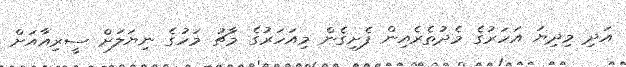
އަދި މިދިޔަ އަހަރުގެ މެދުތެރެއިން ފެށިގެން މިއަހަރުގެ މާޗު މަހުގެ ނިޔަލަށް ސީރިއާއަށް